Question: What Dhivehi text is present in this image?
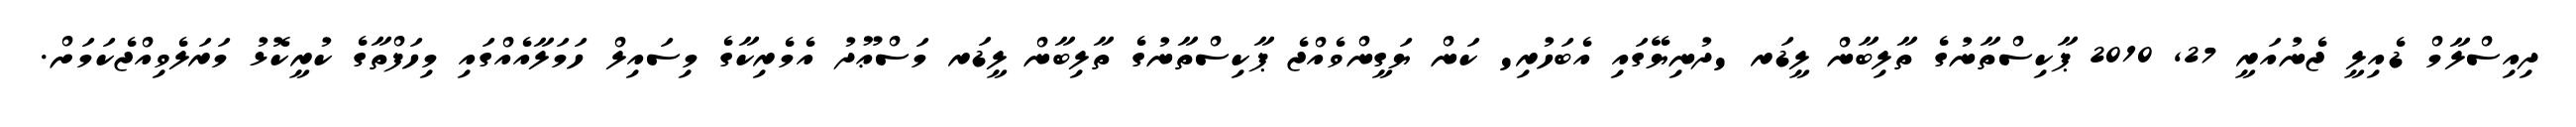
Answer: ދިއިސްލާމް ޑެއިލީ ޖެނުއަރީ 27, 2010 ޕާކިސްތާނުގެ ތާލިބާން ލީޑަރ 'ދުނިޔޭގައި އެބަހުރި' ކަން ޔަގީންވެއްޖެ ޕާކިސްތާނުގެ ތާލިބާން ލީޑަރ މަސްޢޫދު އެމެރިކާގެ މިސައިލް ހަމަލާއެއްގައި މިހަފްތާގެ ކުރީކޮޅު މަރަލެވިއްޖެކަމަށް.